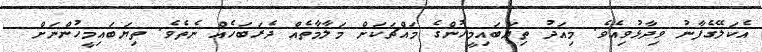
އެކަލޭގެފާނު ވިދާޅުވިއެވެ. މިއަދު ތިޔަބައިމީހުންގެ މައްޗަކަށް މަލާމާތެއް ދެރަބަހެއް ނެތެވެ. ތިޔަބައިމީހުންނަށް